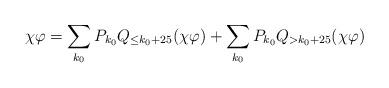
LaTeX: \begin{align*} \chi \varphi = \sum_{k_{0}} P_{k_{0}} Q_{\leq k_{0} + 25} (\chi \varphi) + \sum_{k_{0}} P_{k_{0}} Q_{> k_{0} + 25} (\chi \varphi)\end{align*}